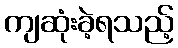
ကျဆုံးခဲ့ရသည့်